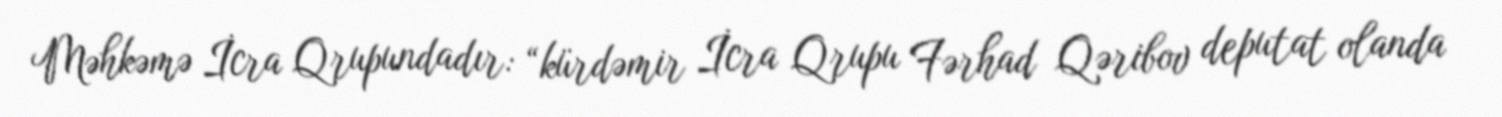
Məhkəmə İcra Qrupundadır: “kürdəmir İcra Qrupu Fərhad Qəribov deputat olanda